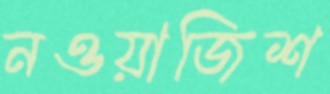
নওয়াজিশ